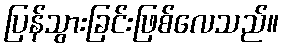
ပြန်သွားခြင်းဖြစ်လေသည်။